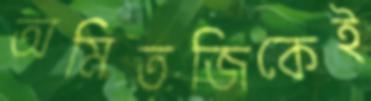
অমিতজিকেই